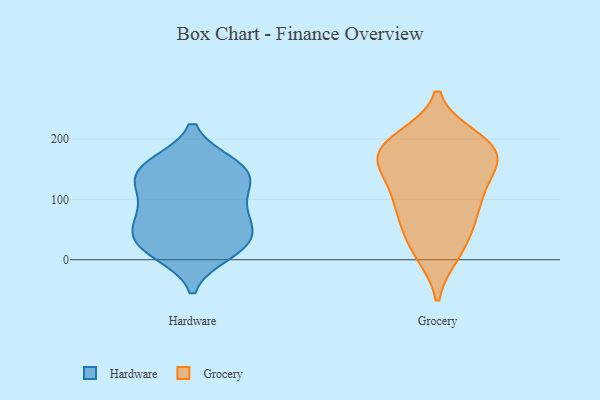
{"axis": {"x": "LTV (USD)", "y": "Value"}, "legend": ["Grocery", "Hardware"], "data": [{"x": "", "y": 45, "type": "Hardware"}, {"x": "", "y": 119, "type": "Hardware"}, {"x": "", "y": 30, "type": "Hardware"}, {"x": "", "y": 77, "type": "Hardware"}, {"x": "", "y": 125, "type": "Hardware"}, {"x": "", "y": 81, "type": "Hardware"}, {"x": "", "y": 152, "type": "Hardware"}, {"x": "", "y": 22, "type": "Hardware"}, {"x": "", "y": 141, "type": "Hardware"}, {"x": "", "y": 12, "type": "Hardware"}, {"x": "", "y": 157, "type": "Hardware"}, {"x": "", "y": 68, "type": "Hardware"}, {"x": "", "y": 152, "type": "Hardware"}, {"x": "", "y": 26, "type": "Hardware"}, {"x": "", "y": 95, "type": "Grocery"}, {"x": "", "y": 174, "type": "Grocery"}, {"x": "", "y": 128, "type": "Grocery"}, {"x": "", "y": 13, "type": "Grocery"}, {"x": "", "y": 48, "type": "Grocery"}, {"x": "", "y": 179, "type": "Grocery"}, {"x": "", "y": 166, "type": "Grocery"}, {"x": "", "y": 195, "type": "Grocery"}, {"x": "", "y": 11, "type": "Grocery"}, {"x": "", "y": 87, "type": "Grocery"}, {"x": "", "y": 185, "type": "Grocery"}, {"x": "", "y": 175, "type": "Grocery"}, {"x": "", "y": 200, "type": "Grocery"}, {"x": "", "y": 107, "type": "Grocery"}, {"x": "", "y": 61, "type": "Grocery"}, {"x": "", "y": 145, "type": "Grocery"}]}